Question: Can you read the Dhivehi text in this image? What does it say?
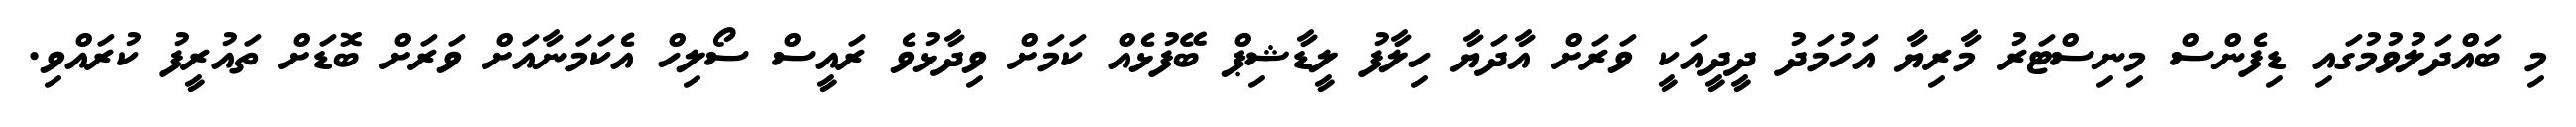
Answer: މި ބައްދަލުވުމުގައި ޑިފެންސް މިނިސްޓަރު މާރިޔާ އަހުމަދު ދީދީއަކީ ވަރަށް އާދަޔާ ހިލާފު ލީޑާޝިޕް ބޭފުޅެއް ކަމަށް ވިދާޅުވެ ރައީސް ސޯލިހް އެކަމަނާއަށް ވަރަށް ބޮޑަށް ތައުރީފު ކުރައްވި.